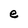
Character: e